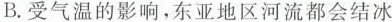
B.受气温的影响，东亚地区河流都会结冰